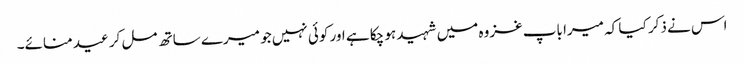
اس نے ذکر کیا کہ میرا باپ غزوہ میں شہید ہو چکا ہے اور کوئی نہیں جو میرے ساتھ مل کر عید منائے۔